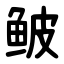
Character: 鲏